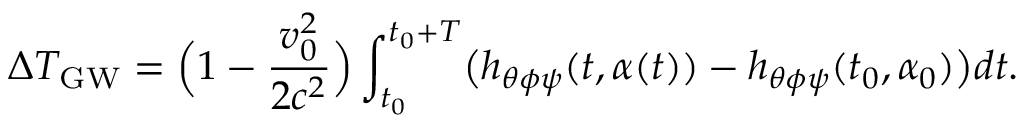
\Delta T _ { \mathrm { G W } } = \Bigl ( 1 - \frac { v _ { 0 } ^ { 2 } } { 2 c ^ { 2 } } \Bigr ) \int _ { t _ { 0 } } ^ { t _ { 0 } + T } \bigl ( h _ { \theta \phi \psi } ( t , \alpha ( t ) ) - h _ { \theta \phi \psi } ( t _ { 0 } , \alpha _ { 0 } ) \bigr ) d t .